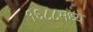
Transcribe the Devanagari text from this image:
१६८८मध्ये